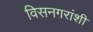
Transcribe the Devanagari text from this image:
विसनगरांशीं